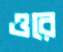
ওরে